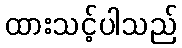
ထားသင့်ပါသည်